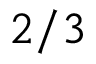
2 / 3